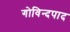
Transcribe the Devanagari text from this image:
गोविन्दपाद